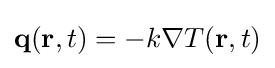
\mathbf {q} (\mathbf {r} ,t)=-k\nabla T(\mathbf {r} ,t)